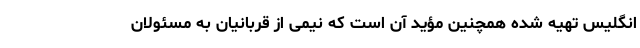
انگلیس تهیه‌ شده همچنین مؤید آن است که نیمی از قربانیان به مسئولان